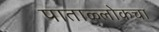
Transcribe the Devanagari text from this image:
पाताळ्लोकचा